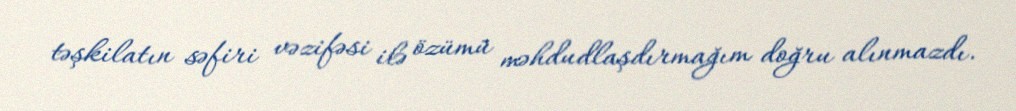
təşkilatın səfiri vəzifəsi ilə özümü məhdudlaşdırmağım doğru alınmazdı.